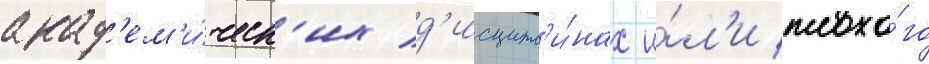
акад'ем'и́ческ'их д'исципл'и́нах и́л'и плохо́го